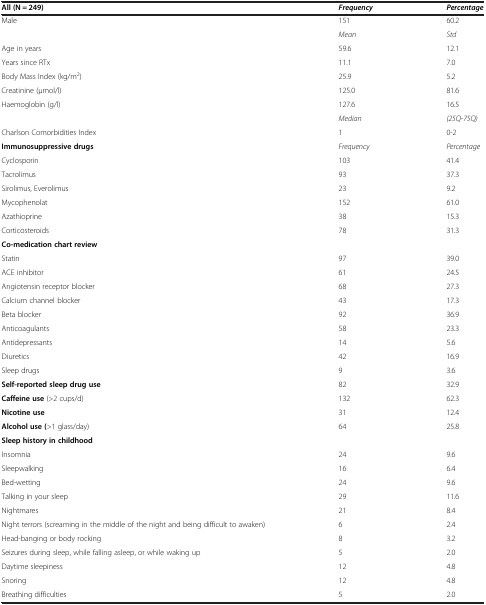
<table><thead><tr><td><b>All (N = 249)</b></td><td><b><i>Frequency</i></b></td><td><b><i>Percentage</i></b></td></tr></thead><tbody><tr><td>Male</td><td>151</td><td>60.2</td></tr><tr><td> </td><td><i>Mean</i></td><td><i>Std</i></td></tr><tr><td>Age in years</td><td>59.6</td><td>12.1</td></tr><tr><td>Years since RTx</td><td>11.1</td><td>7.0</td></tr><tr><td>Body Mass Index (kg/m<sup>2</sup>)</td><td>25.9</td><td>5.2</td></tr><tr><td>Creatinine (μmol/l)</td><td>125.0</td><td>81.6</td></tr><tr><td>Haemoglobin (g/l)</td><td>127.6</td><td>16.5</td></tr><tr><td> </td><td><i>Median</i></td><td><i>(25Q-75Q)</i></td></tr><tr><td>Charlson Comorbidities Index</td><td>1</td><td>0-2</td></tr><tr><td><b>Immunosuppressive drugs</b></td><td><i>Frequency</i></td><td><i>Percentage</i></td></tr><tr><td>Cyclosporin</td><td>103</td><td>41.4</td></tr><tr><td>Tacrolimus</td><td>93</td><td>37.3</td></tr><tr><td>Sirolimus, Everolimus</td><td>23</td><td>9.2</td></tr><tr><td>Mycophenolat</td><td>152</td><td>61.0</td></tr><tr><td>Azathioprine</td><td>38</td><td>15.3</td></tr><tr><td>Corticosteroids</td><td>78</td><td>31.3</td></tr><tr><td><b>Co-medication chart review</b></td><td> </td><td> </td></tr><tr><td>Statin</td><td>97</td><td>39.0</td></tr><tr><td>ACE inhibitor</td><td>61</td><td>24.5</td></tr><tr><td>Angiotensin receptor blocker</td><td>68</td><td>27.3</td></tr><tr><td>Calcium channel blocker</td><td>43</td><td>17.3</td></tr><tr><td>Beta blocker</td><td>92</td><td>36.9</td></tr><tr><td>Anticoagulants</td><td>58</td><td>23.3</td></tr><tr><td>Antidepressants</td><td>14</td><td>5.6</td></tr><tr><td>Diuretics</td><td>42</td><td>16.9</td></tr><tr><td>Sleep drugs</td><td>9</td><td>3.6</td></tr><tr><td><b>Self-reported sleep drug use</b></td><td>82</td><td>32.9</td></tr><tr><td><b>Caffeine use</b> (&gt;2 cups/d)</td><td>132</td><td>62.3</td></tr><tr><td><b>Nicotine use</b></td><td>31</td><td>12.4</td></tr><tr><td><b>Alcohol use (</b>&gt;1 glass/day)</td><td>64</td><td>25.8</td></tr><tr><td><b>Sleep history in childhood</b></td><td> </td><td> </td></tr><tr><td>Insomnia</td><td>24</td><td>9.6</td></tr><tr><td>Sleepwalking</td><td>16</td><td>6.4</td></tr><tr><td>Bed-wetting</td><td>24</td><td>9.6</td></tr><tr><td>Talking in your sleep</td><td>29</td><td>11.6</td></tr><tr><td>Nightmares</td><td>21</td><td>8.4</td></tr><tr><td>Night terrors (screaming in the middle of the night and being difficult to awaken)</td><td>6</td><td>2.4</td></tr><tr><td>Head-banging or body rocking</td><td>8</td><td>3.2</td></tr><tr><td>Seizures during sleep, while falling asleep, or while waking up</td><td>5</td><td>2.0</td></tr><tr><td>Daytime sleepiness</td><td>12</td><td>4.8</td></tr><tr><td>Snoring</td><td>12</td><td>4.8</td></tr><tr><td>Breathing difficulties</td><td>5</td><td>2.0</td></tr></tbody></table>